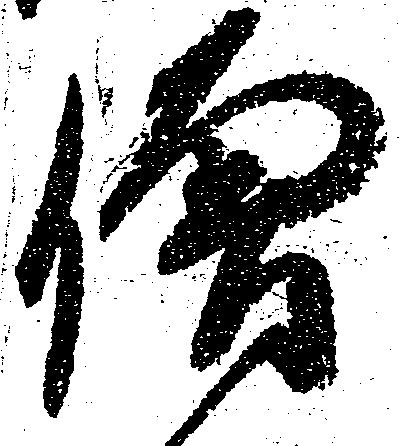
僧